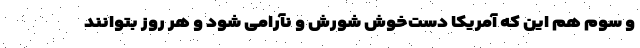
و سوم هم این که آمریکا دست‌خوش شورش و نآرامی شود و هر روز بتوانند